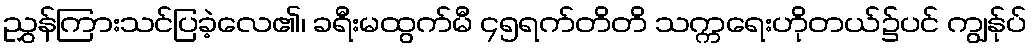
ညွှန်ကြားသင်ပြခဲ့လေ၏၊ ခရီးမထွက်မီ ၄၅ရက်တိတိ သက္ကရေးဟိုတယ်၌ပင် ကျွန်ုပ်